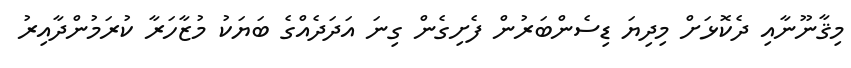
މިޤާނޫނާއި ދެކޮޅަށް މިދިޔަ ޑިސެންބަރުން ފެށިގެން ގިނަ އަދަދެއްގެ ބަޔަކު މުޒާހަރާ ކުރަމުންދާއިރު